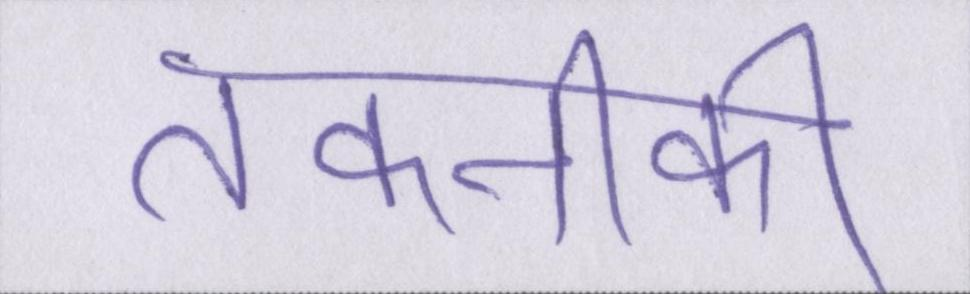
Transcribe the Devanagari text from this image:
तकनीकी